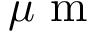
\mu \textrm { m }